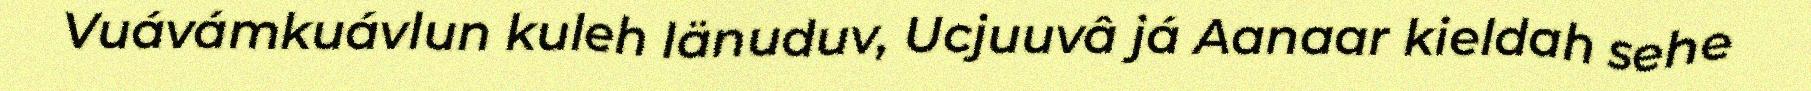
Vuávámkuávlun kuleh Iänuduv, Ucjuuvâ já Aanaar kieldah sehe